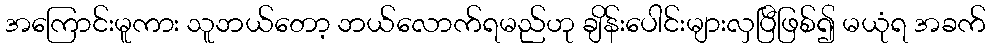
အကြောင်းမူကား သူဘယ်တော့ ဘယ်လောက်ရမည်ဟု ချိန်းပေါင်းများလှပြီဖြစ်၍ မယုံရ အခက်